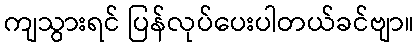
ကျသွားရင် ပြန်လုပ်ပေးပါတယ်ခင်ဗျာ။